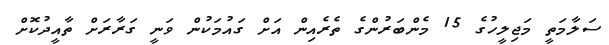
ސަލާމަތީ މަޖިލީހުގެ 15 މެންބަރުންގެ ތެރެއިން އަށް ގައުމަކުން ވަނީ ގަރާރަށް ތާއީދުކޮށް